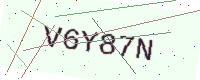
Text: V6Y87N